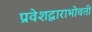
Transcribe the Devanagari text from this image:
प्रवेशद्वाराभोवती